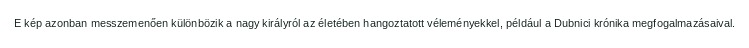
E kép azonban messzemenően különbözik a nagy királyról az életében hangoztatott véleményekkel, például a Dubnici krónika megfogalmazásaival.